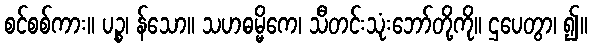
စင်စစ်ကား။ ပဉ္စ၊ န်သော။ သဟဓမ္မိကေ၊ သီတင်းသုံးဘော်တို့ကို။ ဌပေတွာ၊ ၍။